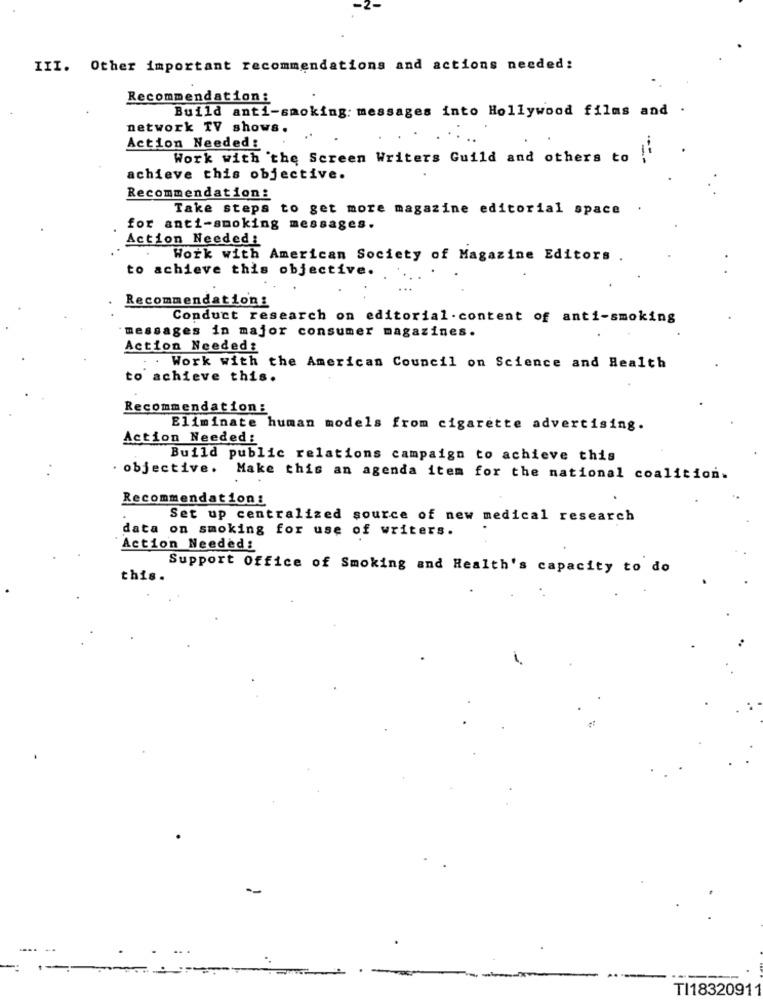
III. Other important recommendations and actions needed:
Recommendation:
Build anti-smoking: messages into Hollywood films and .
network TV shows.
Action Needed:
...
Work with the Screen Writers Guild and others to
achieve this objective.
Recommendation:
Take steps to get more magazine editorial space
for anti-smoking messages.
Action Needed !
Work with American Society of Magazine Editors
to achieve this objective.
Recommendation:
Conduct research on editorial-content of anti-smoking
messages in major consumer magazines.
Action Needed:
. . Work with the American Council on Science and Health
to achieve this.
Recommendation :
Eliminate human models from cigarette advertising.
Action Needed:
Build public relations campaign to achieve this
. objective. Make this an agenda item for the national coalition.
Recommendation:
Set up centralized source of new medical research
data on smoking for use of writers.
Action Needed:
Support Office of Smoking and Health's capacity to do
this.
-
TI18320911